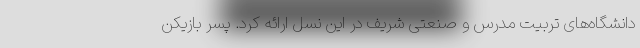
دانشگاه‌های تربیت مدرس و صنعتی شریف در این نسل ارائه کرد. پسر بازیکن